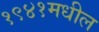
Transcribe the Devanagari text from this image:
१९४१मधील